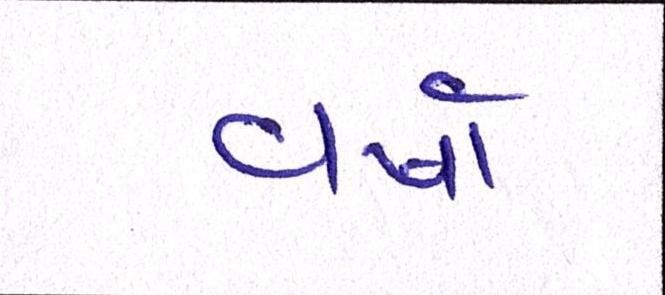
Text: વર્ષા